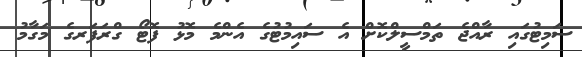
ސަމިޓުގައި ރާއްޖެ ތަމްސީލްކޮށް އެ ސައިމުޓުގެ އެންމެ މޮޅު ފޮޓޯ ގްރަފަރގެ މަގާމު